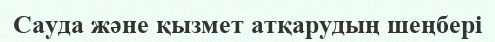
Сауда және қызмет атқарудың шеңбері